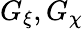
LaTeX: G_{\xi},G_{\chi}